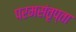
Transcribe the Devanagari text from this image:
परमसंतृप्ता